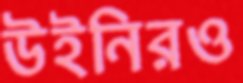
উইনিরও